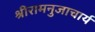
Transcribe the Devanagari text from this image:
श्रीरामनुजाचार्य